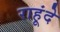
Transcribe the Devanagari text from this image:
राहूंदे